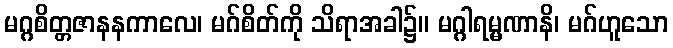
မဂ္ဂစိတ္တဇာနနကာလေ၊ မဂ်စိတ်ကို သိရာအခါ၌။ မဂ္ဂါရမ္မဏာနိ၊ မဂ်ဟူသော